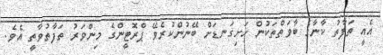
އެއީ ތަފާތު ކާނާގެ ބާވަތްތަކުން ހަށިގަނޑަށް ބޭނުންކުރެވޭ ޕްރޮޓީންގެ މިންވަރު ތަފާތުވާތީ އެވެ.